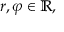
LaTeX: r , \varphi \in \mathbb { R } ,